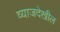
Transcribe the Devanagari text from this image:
व्याजदेखील